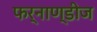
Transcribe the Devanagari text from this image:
फर्नाण्डीज